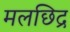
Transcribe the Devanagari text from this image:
मलछिद्र